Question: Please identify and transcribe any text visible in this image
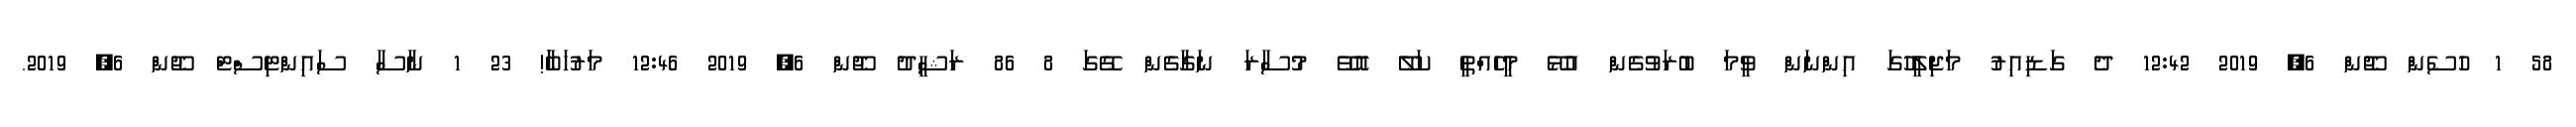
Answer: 58 1 ހުސެން ޖޫން 6, 2019 12:42 ދެ ގަޑިއިރު މަޖިލީހުގަ އިންނަން ވީމަ ބުރަވުގެން އުޅޭ މީހެއްތީ ކަލޭ އޮވޭ މުސާރަ ނަގާގެން ގޭގަ 8 86 ރަޝީދު ޖޫން 6, 2019 12:46 މަރުހަބާަ! 23 1 ނާސާ ސައިންޓިސްޓް ޖޫން 6, 2019.